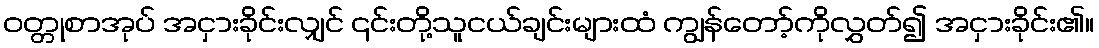
ဝတ္တုစာအုပ် အငှားခိုင်းလျှင် ၎င်းတို့သူငယ်ချင်းများထံ ကျွန်တော့်ကိုလွှတ်၍ အငှားခိုင်း၏။